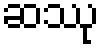
ဆဿု